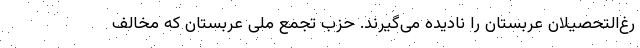
رغ‌التحصیلان عربستان را نادیده می‌گیرند. حزب تجمع ملی عربستان که مخالف